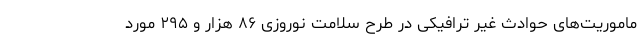
ماموریت‌های حوادث غیر ترافیکی در طرح سلامت نوروزی ۸۶ هزار و ۲۹۵ مورد